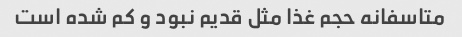
متاسفانه حجم غذا مثل قدیم نبود و کم شده است